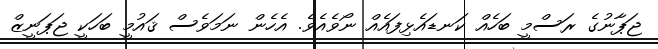
ޖަޕާނުގެ ރަސްމީ ބަހެއް ކަނޑައެޅިފައެއް ނޯވެއެވެ. އެހެން ނަމަވެސް ޤައުމީ ބަހަކީ ޖަޕަނީޒް